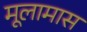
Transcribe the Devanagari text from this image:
मूलामास